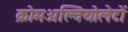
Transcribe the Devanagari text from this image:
क्रोमअल्वियोलेटों